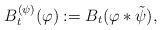
\begin{align*}B^{(\psi)}_t(\varphi) := B_t(\varphi*\tilde{\psi}),\end{align*}